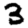
Digit: 3